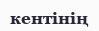
кентінің